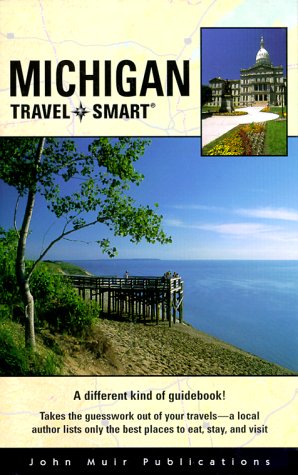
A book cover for Michigan (Travel Smart); Stephen Jones; Travel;